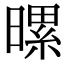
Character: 𪱀